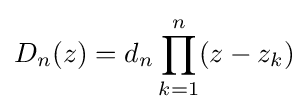
D_{n}(z)=d_{n}\prod _{k=1}^{n}(z-z_{k})